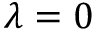
\lambda = 0